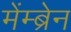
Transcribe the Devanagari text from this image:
मेंम्ब्रेन